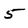
Character: 5